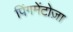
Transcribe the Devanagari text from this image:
पिंगमेंटोज़ा